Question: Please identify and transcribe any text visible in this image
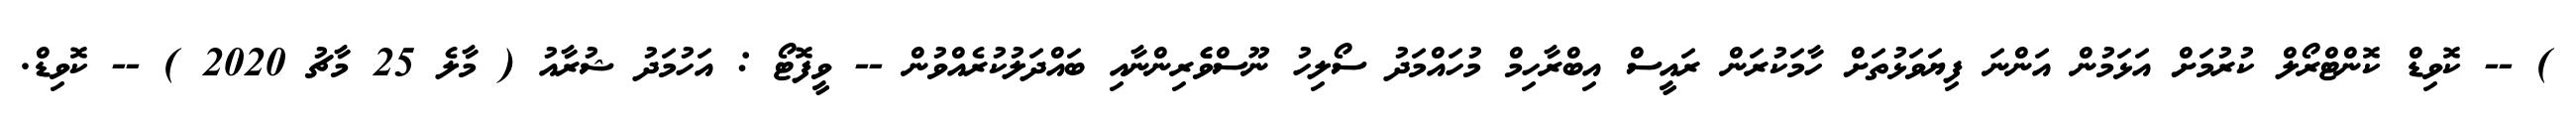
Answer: ) -- ކޮވިޑް ކޮންޓްރޯލް ކުރުމަށް އަޅަމުން އަންނަ ފިޔަވަޅުތަށް ހާމަކުރަން ރައީސް އިބްރާހިމް މުހައްމަދު ސޯލިހު ނޫސްވެެރިންނާއި ބައްދަލުކުރެއްވުން -- ވީފޮޓޯ : އަހުމަދު ޝުރާއު ( މާލެ 25 މާޗު 2020 ) -- ކޮވިޑް.